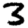
Digit: 3